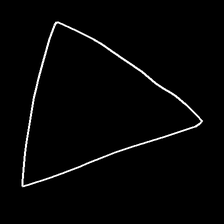
Glyph: convergence